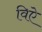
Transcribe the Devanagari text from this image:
विऐ